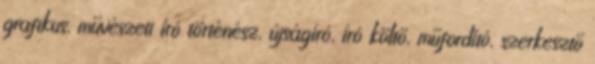
grafikus, művészeti író történész, újságíró, író költő, műfordító, szerkesztő